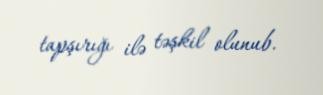
tapşırığı ilə təşkil olunub.